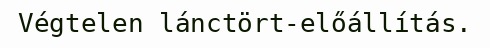
Végtelen lánctört-előállítás.